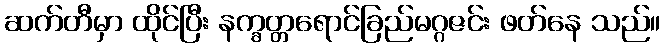
ဆက်တီမှာ ထိုင်ပြီး နက္ခတ္တရောင်ခြည်မဂ္ဂဇင်း ဖတ်နေ သည်။